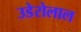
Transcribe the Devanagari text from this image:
उडेरोलाल